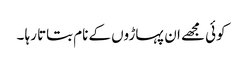
کوئی مجھے ان پہاڑوں کے نام بتاتا رہا ۔